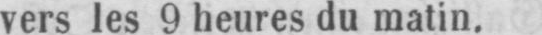
vers les 9 heures du matin.